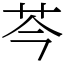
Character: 芩